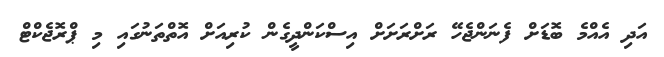
އަދި އެއްމެ ބޮޑަށް ފެނަންޖެހޭ ރަށްރަށަށް އިސްކަންދީގެން ކުރިއަށް އޮތްތަނުގައި މި ޕްރޮޖެކްޓް